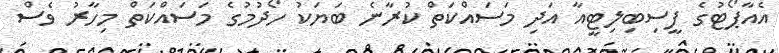
އެއާޕޯޓުގެ ފީސިބިލިޓީއާ އަދި މަސައްކަތް ކުރާނެ ބަޔަކު ހޯދުމުގެ މަސައްކަތް މިހާރު ވެސް